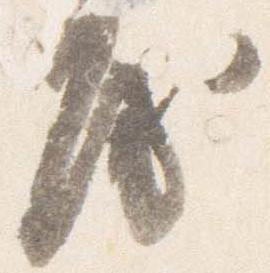
房